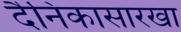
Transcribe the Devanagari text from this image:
दैनिकासारखा